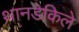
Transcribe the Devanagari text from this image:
थानडेकिले